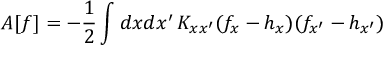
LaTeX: A [ f ] = - \frac { 1 } { 2 } \int d x d x ^ { \prime } \, K _ { x x ^ { \prime } } ( f _ { x } - h _ { x } ) ( f _ { x ^ { \prime } } - h _ { x ^ { \prime } } )